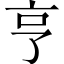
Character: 亨